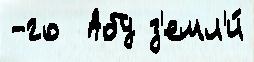
-го  Абу з'емл'и́